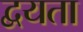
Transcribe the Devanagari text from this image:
द्वयता